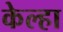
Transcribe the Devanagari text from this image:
केल्हा